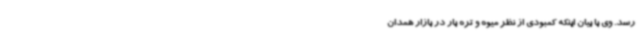
رسد. وی با بیان اینکه کمبودی از نظر میوه و تره بار در بازار همدان